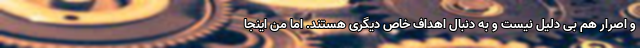
و اصرار هم بی دلیل نیست و به دنبال اهداف خاص دیگری هستند. اما من اینجا